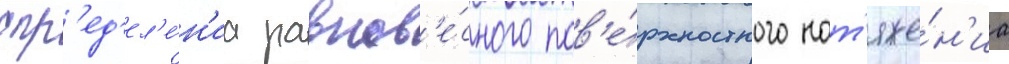
опр'ед'ел'е́н'иа равнов'е́сного пов'е́рхностного нат'яже́н'иа